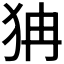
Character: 𤝫